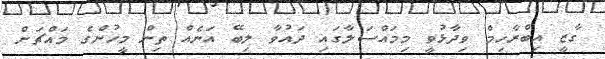
ގާޒީ އިބްރާހިމް ވިދާޅުވީ މިމައްސަލާގައި ދައުވާ ލިބޭ އަނެއް ތިން މީހުންގެ މައްޗަށް